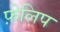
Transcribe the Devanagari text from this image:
फ़ेलिप